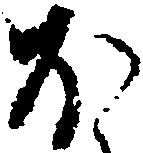
ほ